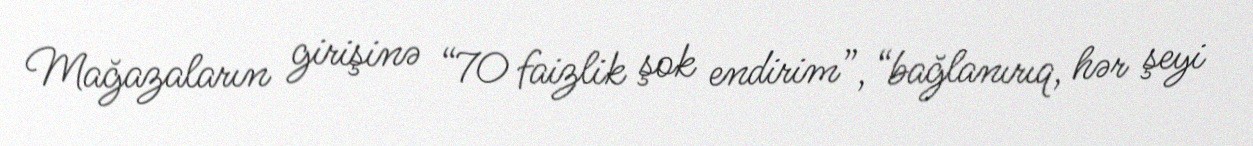
Mağazaların girişinə “70 faizlik şok endirim”, “bağlanırıq, hər şeyi